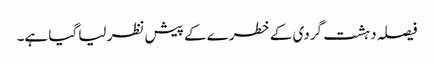
فیصلہ دہشت گردی کے خطرے کے پیش نظر لیا گیا ہے۔